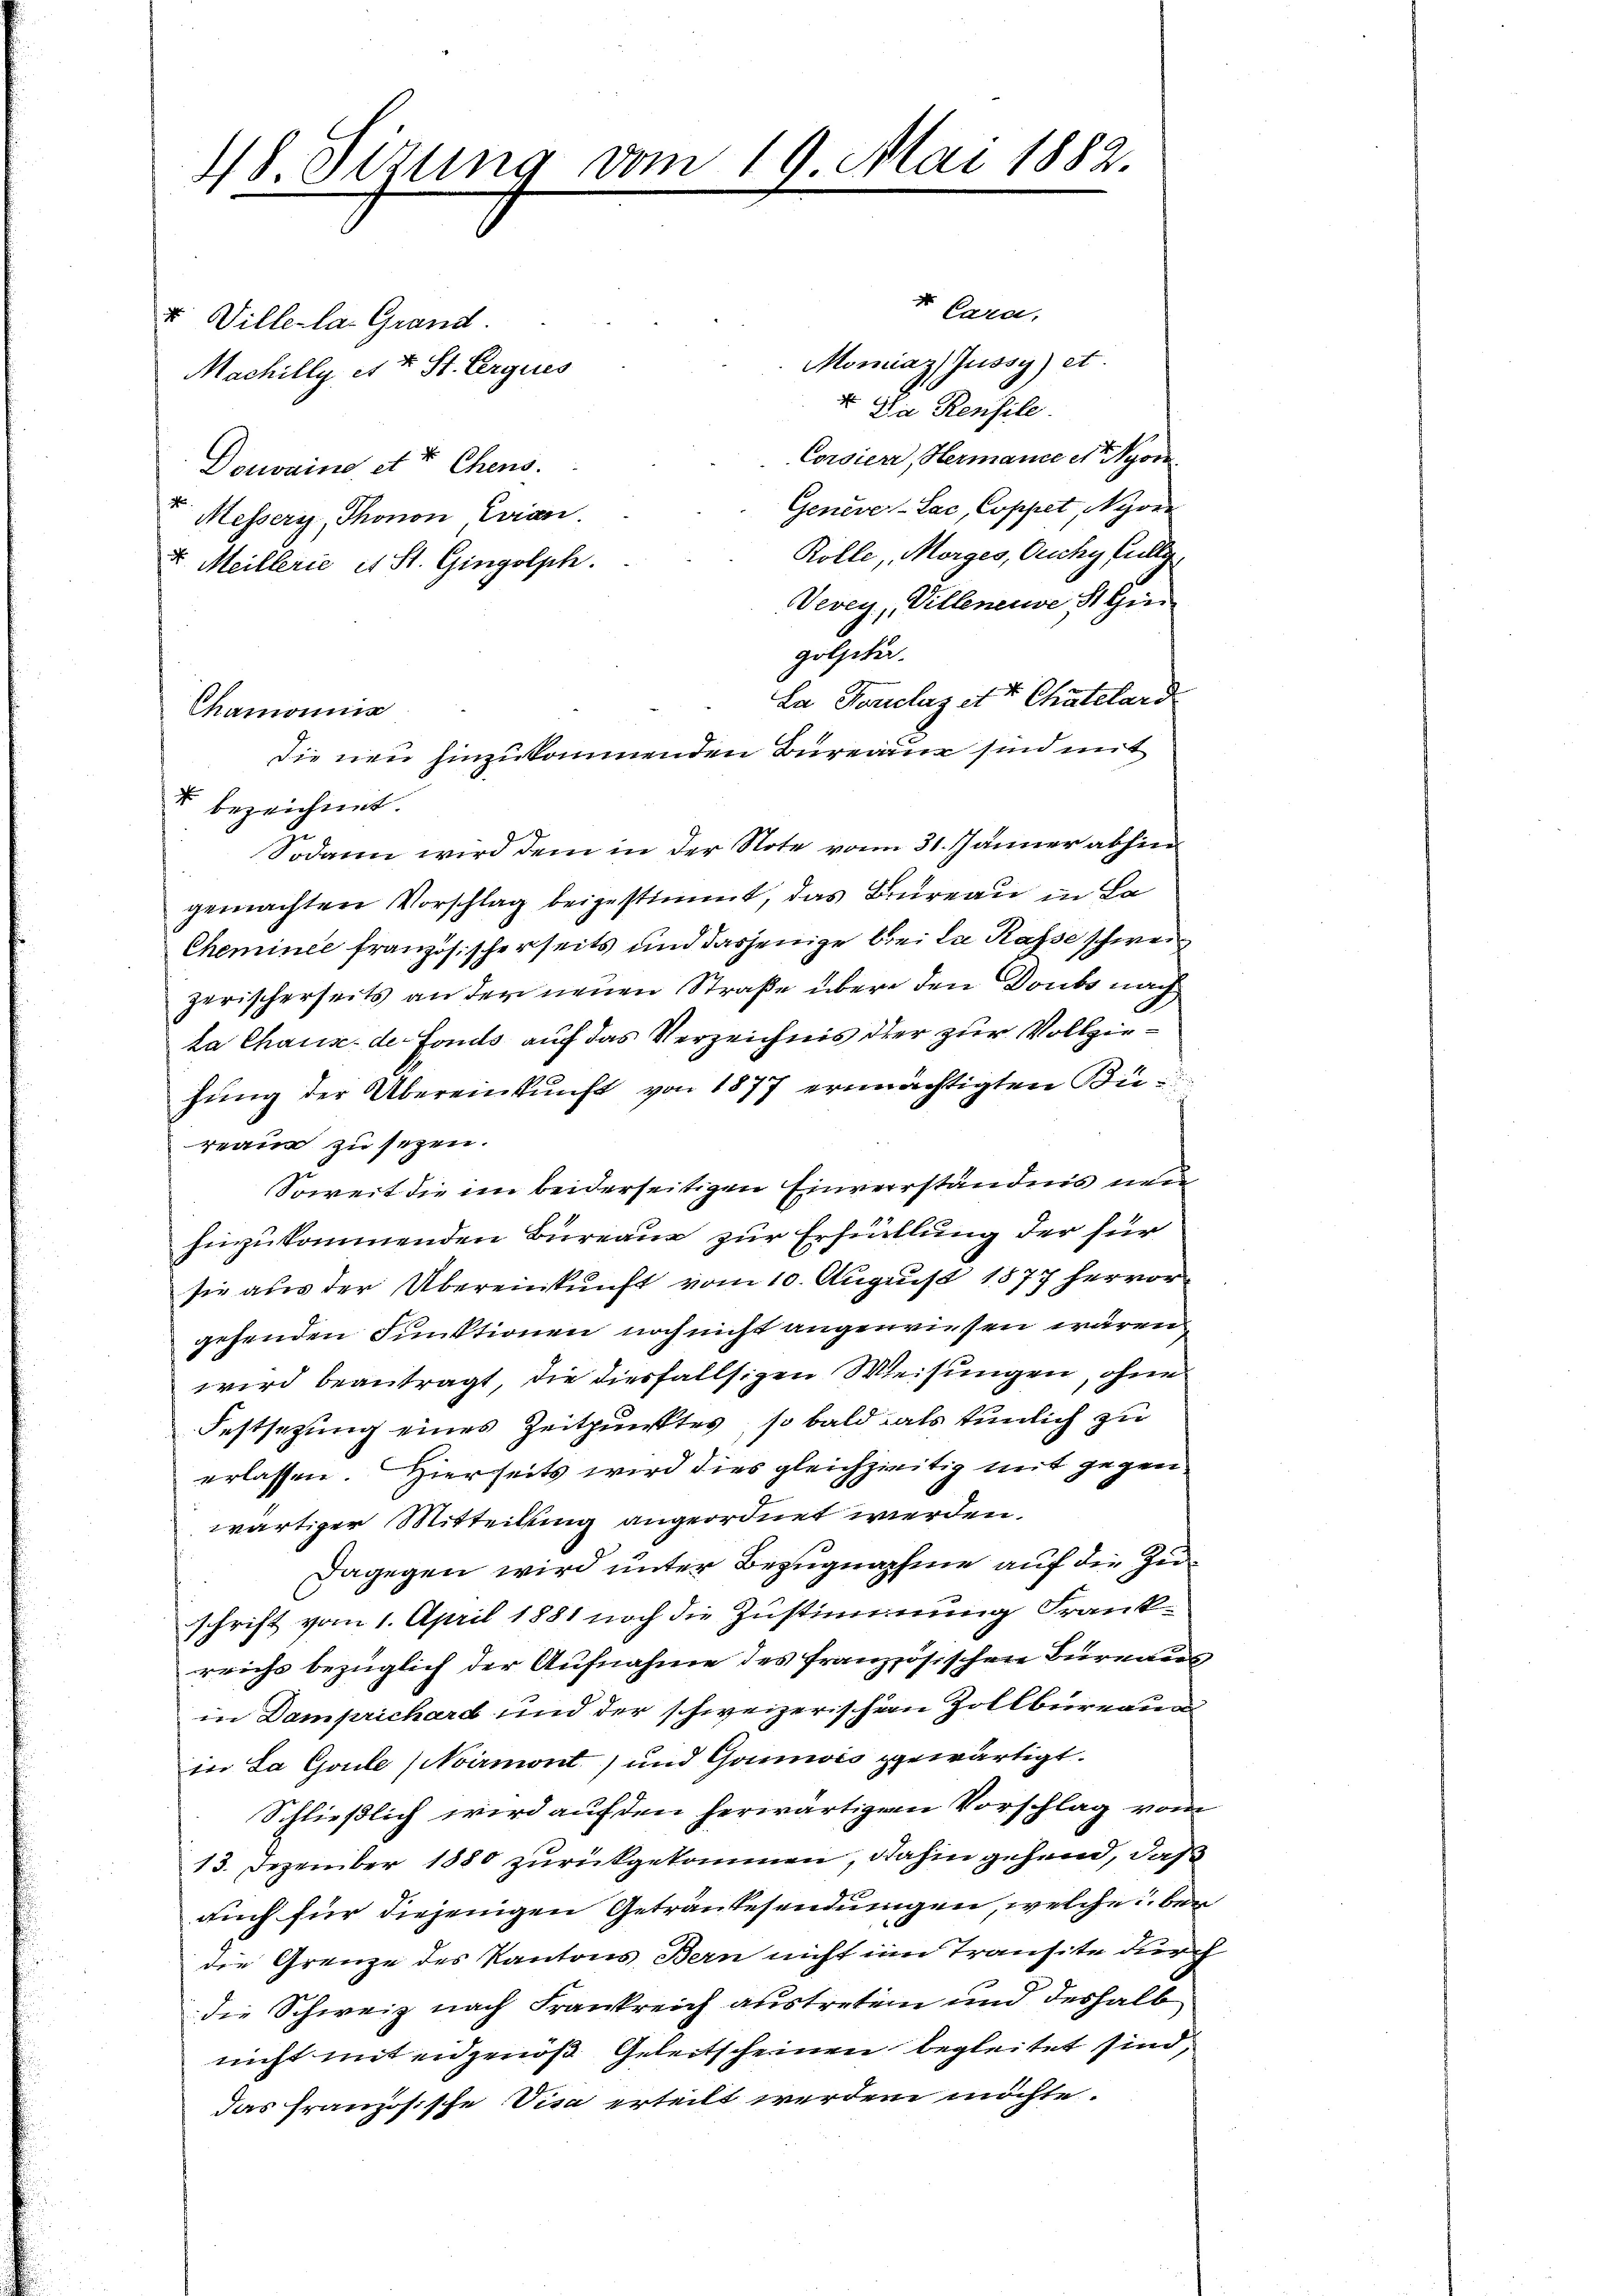
48. Sizung vom 19. Mai 1882.
e

Chamonis

Cara.
u Ville la Grand.
Momiaz Gussy) et.
Machilly et t St. Ergues
I. Die Rensile.
Corsieri, Hermance et yon
Douvaino et der Chens.
Geneve-Lac, Coppet, Nyon
Messers, Thonon Evian.
Rölle, Morges, Ouchy fillig
. Meillerie et St. Gingolph.
Vevey, Villeneuve St Gin
golziter.
La Forclazett Chatelard
die neu hinzukommenden Bureau sind mit
 bezeichnet.
Sodann wird dem in der Note vom 31. Jänner abhin
gemachten Vorschlag beigestimmt, das Bureau in La
Cheminee französischerseits und dasjenige bei da Kasse schweizerischerseits an der neuen Straße über den Doubs nach
la Chaus de Fonds auf das Verzeichnis der zur Vollziehung der Übereinkunft von 1877 ermächtigten Biereau zu sezen.
Soweit die im beiderseitigen Einverständnis neu
hinzukommenden Bureau zur Erfüllung der für
sie aus der Übereinkunft vom 10. August 1877 hervor
gehenden Funktionen noch nicht angewiesen wären.
wird beantragt, die diesfallsigen Weisungen, ohne
Festsezung eines Zeitpunktes, so bald als tunlich zu
erlassen. Hierseits wird dies gleichzeitig mit gegen
wärtiger Mitteilung angeordnet werden.
Dagegen wird unter Bezugnahme auf die Zuschrift vom 1. April 1881 noch die Zustimmung Frankrrichs bezüglich der Aufnahme des französischen Bureaus
in Damprichard und der schweizerischen Zollbüreau
in La Goule (Noirmont) und Goumwis gewärtigt.
Schließlich wird auf den herwärtigem Vorschlag vom
13. Dezember 1880 zurückgekommen, dahin gehend, daß
auch für diejenigen Getraubesendungen, welche bei
die Grenze des Kantons Bern nicht im Transite durch
die Schweiz nach Frankreich austreten und deshalb
nicht mit eidgenoß Geleitscheinen begleitet sind,
das Französische Visa erteilt werden möchte.